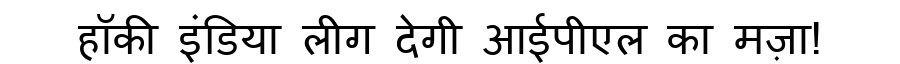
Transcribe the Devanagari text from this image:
हॉकी इंडिया लीग देगी आईपीएल का मज़ा!